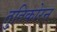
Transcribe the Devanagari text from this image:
तुतिकोरन